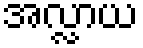
အလ္လာယ